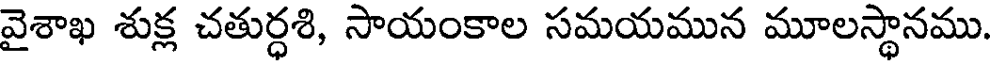
వైశాఖ శుక్ల చతుర్ధశి, సాయంకాల సమయమున మూలస్థానము.